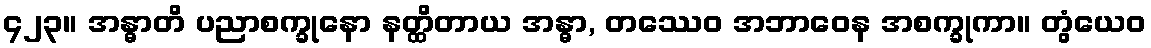
၄၂၃။ အန္ဓာတိ ပညာစက္ခုနော နတ္ထိတာယ အန္ဓာ, တဿေဝ အဘာဝေန အစက္ခုကာ။ တွံယေဝ